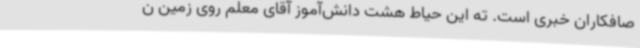
صافکاران خبری است. ته این حیاط هشت دانش‌آموز آقای معلم روی زمین ن